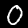
Label: 0